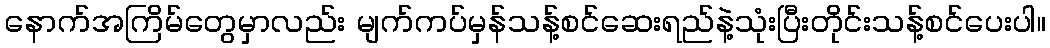
နောက်အကြိမ်တွေမှာလည်း မျက်ကပ်မှန်သန့်စင်ဆေးရည်နဲ့သုံးပြီးတိုင်းသန့်စင်ပေးပါ။